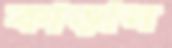
কাড়ান